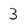
Character: 3